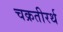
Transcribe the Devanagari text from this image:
चक्रतीरर्थ